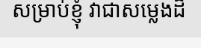
សម្រាប់ខ្ញុំ វាជាសម្លេងដ៏